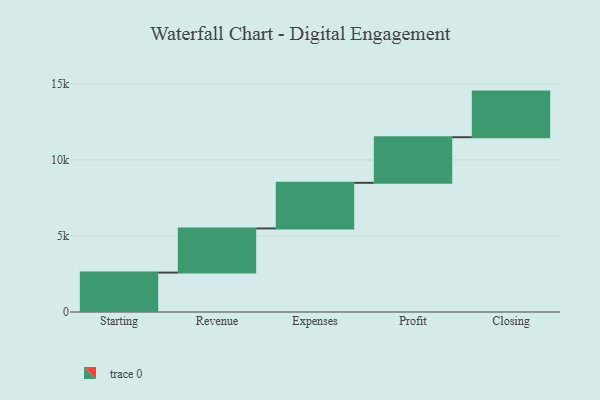
{"axis": {"x": "Step", "y": "Value"}, "legend": [""], "data": [{"x": "Starting", "y": 2592.0, "type": ""}, {"x": "Revenue", "y": 2904.0, "type": ""}, {"x": "Expenses", "y": 3000, "type": ""}, {"x": "Profit", "y": 3000, "type": ""}, {"x": "Closing", "y": 3000, "type": ""}]}